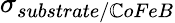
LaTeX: \sigma_{substrate/\mathbb{C}oFeB}